Vaccination North-Western Provinces and Oudh 1878-1895 - 1878-1895
Year: 1878
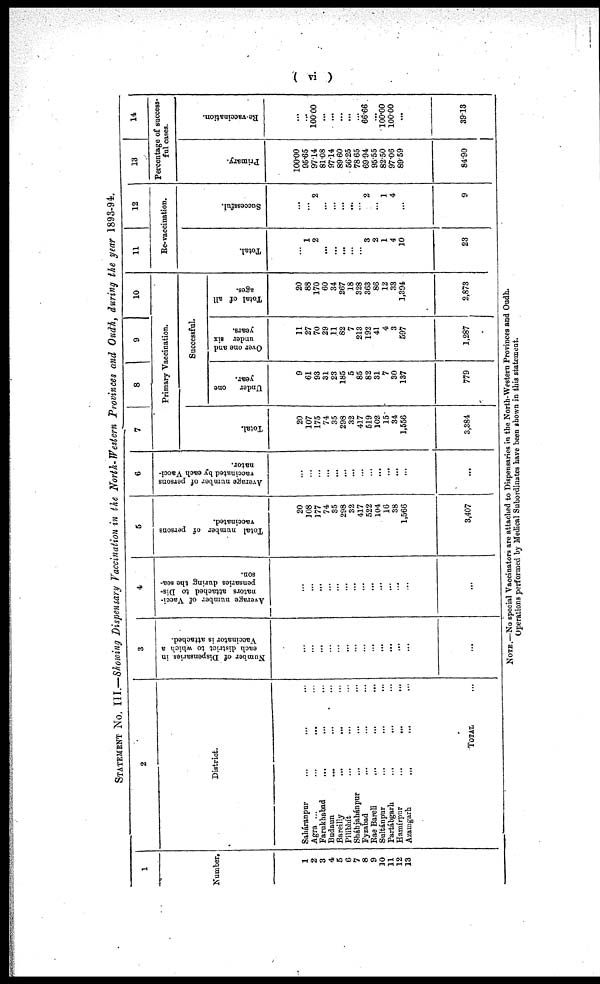
( vi )
STATEMENT No. III.—Showing Dispensary Vaccination in the North-Western Provinces and Oudh, during the year 1893-94.
1
Number.
1
2
3
4
5
6
7
8
9
10
11
12
13
2
District.
Saháranpur ... ... ...
Agra ... ... ... ...
Farukhabad ... ... ...
Budaun ... ... ...
Bareilly
...
... ...
Pilibhít ... ... ...
Shahjahánpur ... ... ...
Fyzabad ... ... ...
Rae Bareli ... ... ...
Sultánpur ... ... ...
Partábgarh ... ... ...
Hamírpur
...
...
...
Azamgarh
...
... ...
TOTAL ...
3
Number of Dispensaries in
each district to which a
Vaccinator is attached.
...
...
...
...
...
...
...
...
...
...
...
...
...
...
4
Average number of Vacci-
nators attached to Dis-
pensaries during the sea-
son.
...
...
...
...
...
...
...
...
...
...
...
...
...
...
5
Total number of persons
vaccinated.
20
108
177
74
35
298
32
417
522
104
16
38
1,566
3,407
6
Average number of persons
vaccinated by each Vacci-
nator.
...
...
...
...
...
...
...
...
...
...
...
...
...
...
7
8
9
10
Primary Vaccination.
Total.
20
107
175
74
35
298
32
417
519
102
15
34
1,556
3,384
Successful.
Under
one
year.
9
61
93
31
23
185
5
85
82
31
7
30
137
779
Over one and
under six
years.
11
27
70
29
11
82
7
213
192
41
4
3
597
1,287
Total of all
ages.
20
88
170
60
34
267
18
328
363
86
12
33
1,394
2,873
11
12
Re-vaccination.
Total.
...
1
2
...
...
...
...
...
3
2
1
4
10
23
Successful.
...
...
2
...
...
...
...
...
2
...
1
4
...
9
13
14
Percentage of success-
ful cases.
Primary.
100.00
95.65
97.14
81.08
97.14
89.60
56.25
78.65
69.94
95.55
82.50
97.06
89.59
84.90
Re-vaccination.
...
...
100.00
...
...
...
...
...
66.66
...
100.00
100.00
...
39.13
NOTE.—No special Vaccinators are attached to Dispensaries in the North-Western Provinces and Oudh.
Operations performed by Medical Subordinates have been shown in this statement.